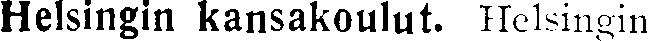
Helsingin kansakoulut. Helsingin